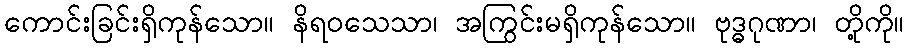
ကောင်းခြင်းရှိကုန်သော။ နိရဝသေသာ၊ အကြွင်းမရှိကုန်သော။ ဗုဒ္ဓဂုဏာ၊ တို့ကို။